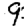
Digit: 9